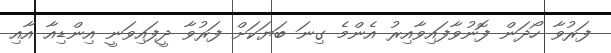
ފަރުވާ ހޯދަން ފޮނުވާފައިވާއިރު އެންމެ ގިނަ ބަޔަކަށް ފަރުވާ ދީފައިވަނީ އިންޑިއާ އާއި